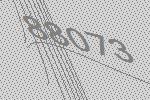
88073